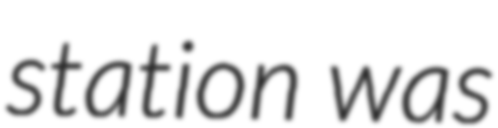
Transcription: station was